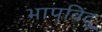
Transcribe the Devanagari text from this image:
भापविंदु